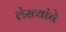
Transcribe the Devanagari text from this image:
लेख्यांचे